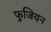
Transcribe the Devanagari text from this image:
फुजियन